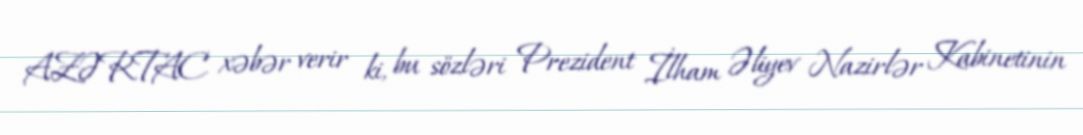
AZƏRTAC xəbər verir ki, bu sözləri Prezident İlham Əliyev Nazirlər Kabinetinin